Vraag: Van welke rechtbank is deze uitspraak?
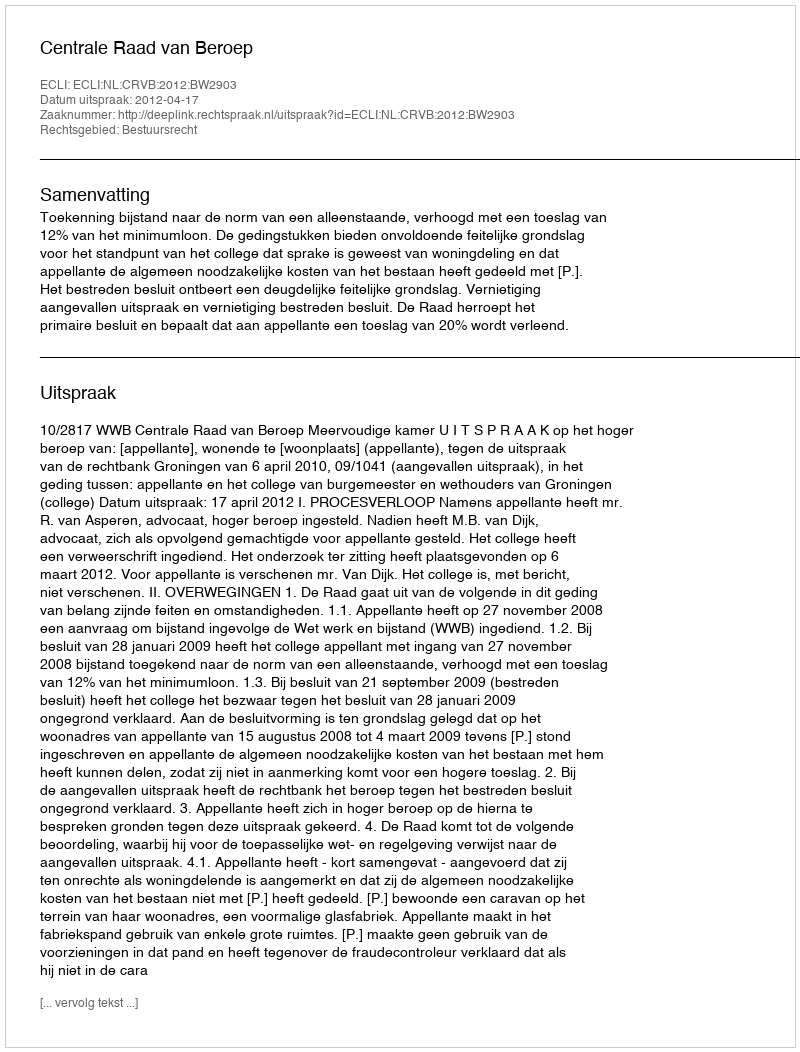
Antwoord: Centrale Raad van Beroep